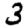
Digit: 3